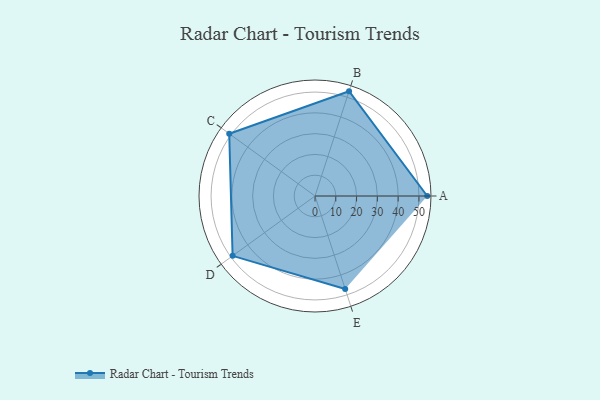
{"axis": {"x": "Skill", "y": "Score"}, "legend": ["Profile"], "data": [{"x": "A", "y": 54.0, "type": "Profile"}, {"x": "B", "y": 53.0, "type": "Profile"}, {"x": "C", "y": 51.0, "type": "Profile"}, {"x": "D", "y": 49.0, "type": "Profile"}, {"x": "E", "y": 47.0, "type": "Profile"}]}